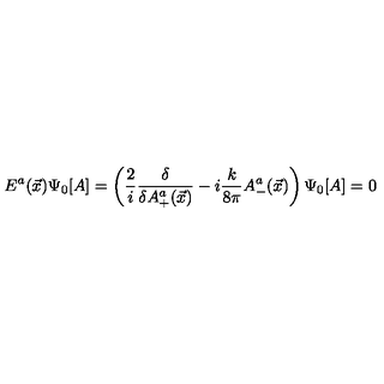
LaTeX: E ^ { a } ( \vec { x } ) \Psi _ { 0 } [ A ] = \left( \frac { 2 } { i } \frac { \delta } { \delta A _ { + } ^ { a } ( \vec { x } ) } - i \frac { k } { 8 \pi } A _ { - } ^ { a } ( \vec { x } ) \right) \Psi _ { 0 } [ A ] = 0